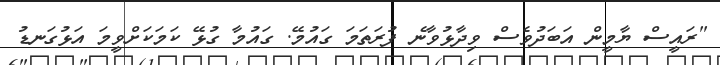
"ރައީސް ޔާމީން އަބަދުވެސް ވިދާޅުވާނެ ފުރަތަމަ ގައުމޭ. ގައުމާ ގުޅޭ ކަމަކަށްވީމަ އަޅުގަނޑު